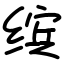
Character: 缤